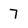
Character: 7